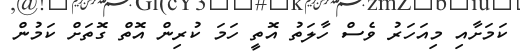
ކަމަށާއި މިއަހަރު ވެސް ހާލަތު އޮތީ ހަމަ ކުރިން އޮތް ގޮތަށް ކަމުން